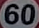
60